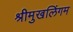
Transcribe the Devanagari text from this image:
श्रीमुखलिंगम